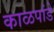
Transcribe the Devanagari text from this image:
काळपांडे